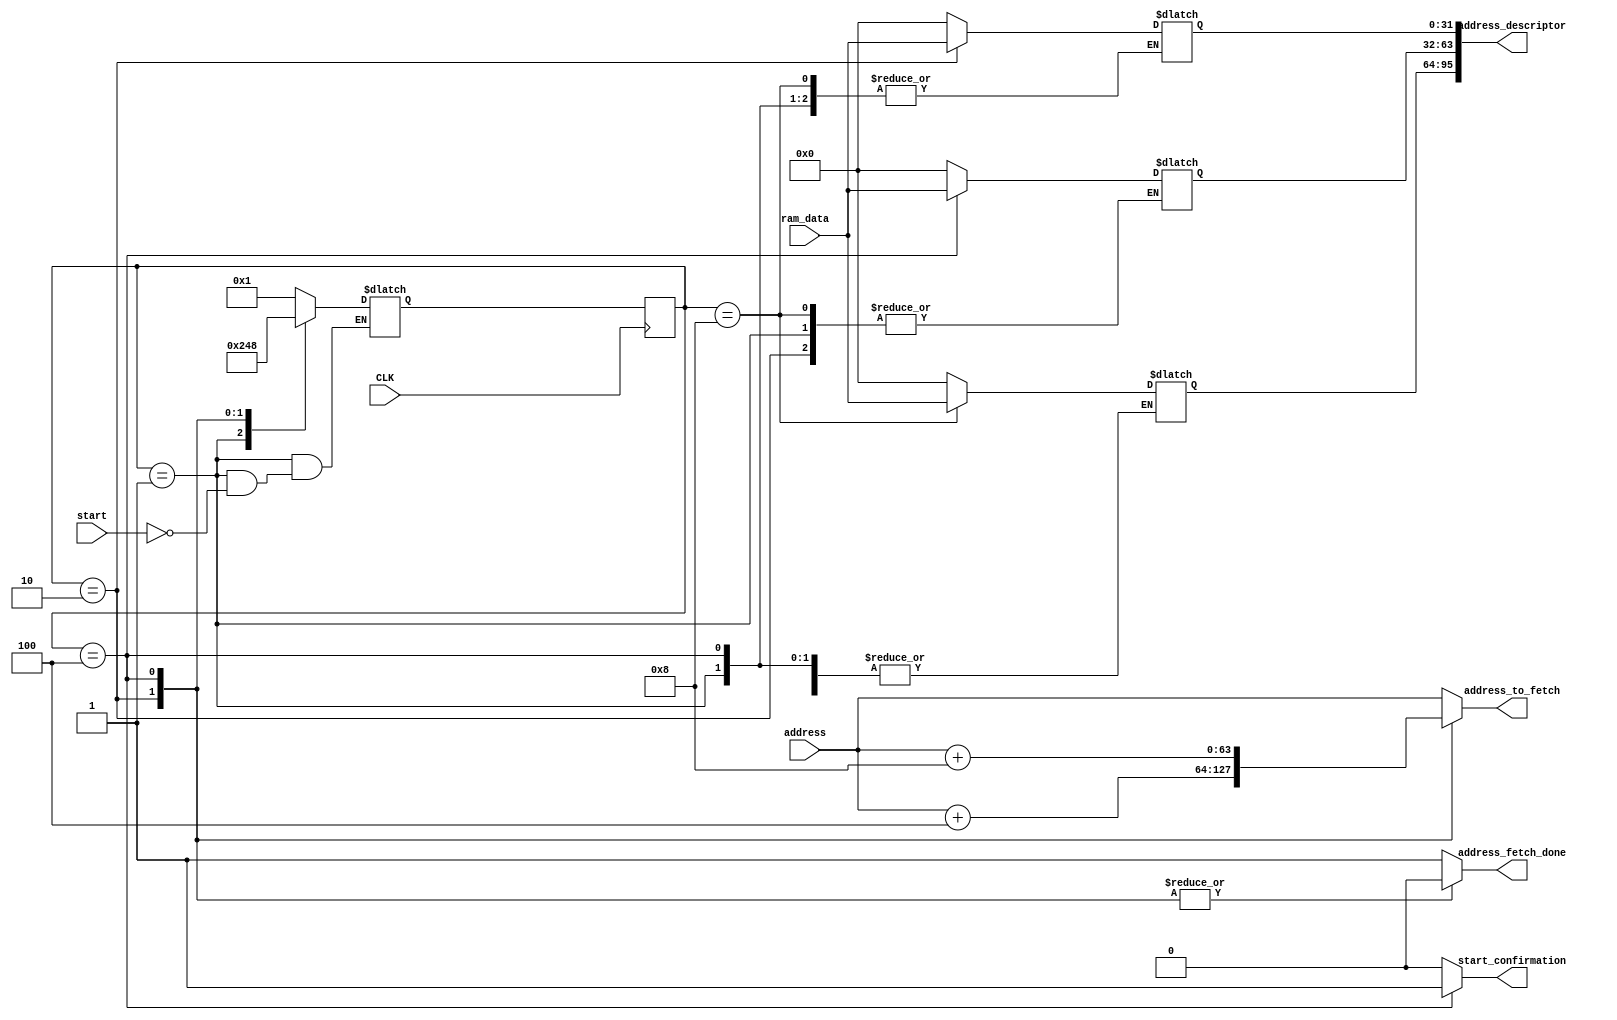
module fetch (input start,
	     input [63:0]  address,
	     output [95:0] address_descriptor,
	     input [31:0]  ram_data,
	     output [63:0] address_to_fetch,
	     output 	   address_fetch_done,
	     output start_confirmation,	   
	     input 	   CLK);

   parameter WAIT = 4'b0001;
   parameter FST_FETCH = 4'b0010;
   parameter SND_FETCH = 4'b0100;
   parameter TRD_FETCH = 4'b1000;

   reg [3:0] 		   state;
   reg [3:0] 		   next_state;
   reg [95:0] 		   address_descriptor;
   reg [63:0] 		   address_to_fetch;
   reg 			   address_fetch_done;
   reg 			   start_confirmation;
   

   //secuential part part
   always @(posedge CLK) begin
      state=next_state;
   end

   //next state logic
   always @(*) begin
      case (state)
	WAIT: begin
	   if (start==1) begin
	     next_state=FST_FETCH;
	   end
	   else begin
	      next_state=next_state;
	   end
	end
	FST_FETCH: begin
	   next_state=SND_FETCH;
	end
	SND_FETCH: begin
	   next_state=TRD_FETCH;
	end
	TRD_FETCH: begin
	   next_state=WAIT;
	end
	default: begin
	   next_state=WAIT;
	end
      endcase // case (state)
   end // always @ (*)

   //combinational part for outputs
   always @(*) begin
      case (state)
	WAIT: begin
	   address_fetch_done=1;
	   address_to_fetch = address;
	   address_descriptor = address_descriptor;
	   start_confirmation =0;
	   
	   
	end
	FST_FETCH: begin
	   address_fetch_done=0;
	   address_to_fetch = address+4;
	   address_descriptor[31:0]=ram_data;
	   start_confirmation=0;
	   
	   
	end
	SND_FETCH: begin
	   address_fetch_done=0;
	   address_to_fetch = address+8;
	   address_descriptor[63:32] = ram_data;
	   start_confirmation=1;
	   
	end
	TRD_FETCH: begin
	   address_fetch_done=1;
	   address_to_fetch = address;
	   address_descriptor[95:64] = ram_data;
	   start_confirmation=0;
	   
	end
	default: begin
	   address_fetch_done=1;
	   address_to_fetch = address;
	   address_descriptor = 0;
	   start_confirmation=0;
	   
	end
      endcase // case (state)
   end // always @ (*)
endmodule